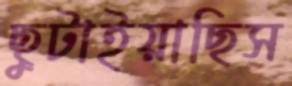
ছুটাইয়াছিস